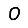
Digit: 0